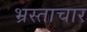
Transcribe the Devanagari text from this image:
भ्रस्ताचार